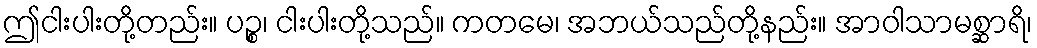
ဤငါးပါးတို့တည်း။ ပဉ္စ၊ ငါးပါးတို့သည်။ ကတမေ၊ အဘယ်သည်တို့နည်း။ အာဝါသာမစ္ဆာရိ၊